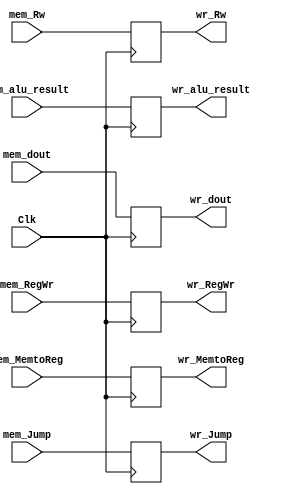
module mem_wr(Clk,mem_dout,mem_alu_result,mem_Rw,mem_RegWr,mem_Jump,mem_MemtoReg,
             wr_dout,wr_alu_result,wr_Rw,wr_RegWr,wr_Jump,wr_MemtoReg);
    input       Clk;
    input[31:0] mem_dout;
    input[31:0] mem_alu_result;
    input[4:0]  mem_Rw;
    input       mem_RegWr,mem_Jump,mem_MemtoReg;
    
    output reg [31:0] wr_dout;
    output reg [31:0] wr_alu_result;
    output reg [4:0]  wr_Rw;
    output reg        wr_RegWr,wr_Jump,wr_MemtoReg;
    
    initial begin
      wr_dout       = 32'd0;
      wr_alu_result = 32'd0;
      wr_Rw         = 5'd0;
      wr_RegWr      = 0;
      wr_Jump       = 0;
      wr_MemtoReg   = 0; 
    end
    always @(posedge Clk)
    begin
      wr_dout       <= mem_dout;
      wr_alu_result <= mem_alu_result;
      wr_Rw         <= mem_Rw; 
      //control
      wr_RegWr      <= mem_RegWr;
      wr_Jump       <= mem_Jump;
      wr_MemtoReg   <= mem_MemtoReg;
    end
endmodule